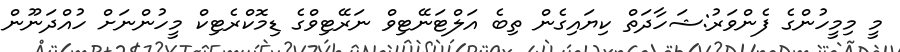
މީ މިމީހުންގެ ފެންވަރު:ޝަހާދަތް ކިޔައިގެން ތިބެ އަލްޓަނޭޓިވް ނަރޭޓިވްގެ ޑިމޮކްރެޓިކް މީހުންނަށް ހުއްދަނޫން